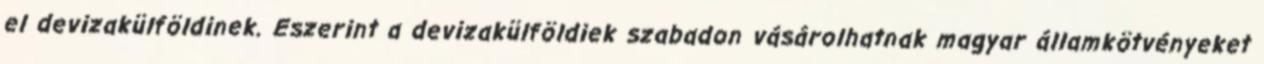
el devizakülföldinek. Eszerint a devizakülföldiek szabadon vásárolhatnak magyar államkötvényeket